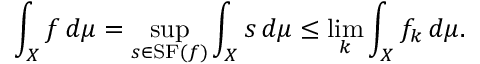
\int _ { X } f \, d \mu = \operatorname* { s u p } _ { s \in \operatorname { S F } ( f ) } \int _ { X } s \, d \mu \leq \operatorname* { l i m } _ { k } \int _ { X } f _ { k } \, d \mu .